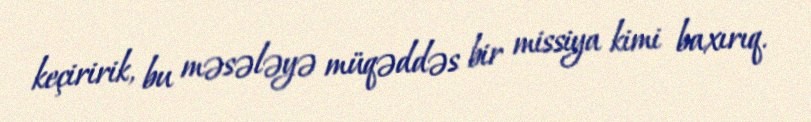
keçiririk, bu məsələyə müqəddəs bir missiya kimi baxırıq.